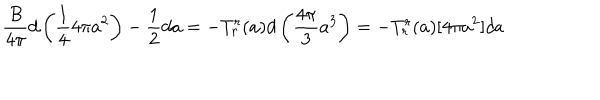
LaTeX: { \frac { B } { 4 \pi } } d \left( { \frac { 1 } { 4 } } 4 \pi a ^ { 2 } \right) - { \frac { 1 } { 2 } } d a = - T _ { r } ^ { r } ( a ) d \left( { \frac { 4 \pi } { 3 } } a ^ { 3 } \right) = - T _ { r } ^ { r } ( a ) [ 4 \pi a ^ { 2 } ] d a